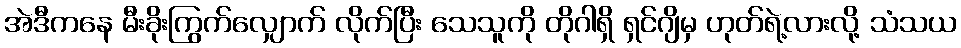
အဲဒီကနေ မီးခိုးကြွက်လျှောက် လိုက်ပြီး သေသူကို တိုဂါရှိ ရှင်ဂျိမှ ဟုတ်ရဲ့လားလို့ သံသယ